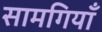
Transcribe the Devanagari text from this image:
सामगियाँ